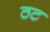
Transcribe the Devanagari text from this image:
ठट